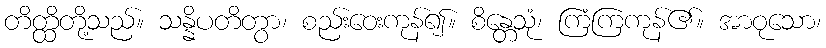
တိတ္ထိတို့သည်။ သန္နိပတိတွာ၊ စည်းဝေးကုန်၍။ စိန္တေသုံ၊ ကြံကြကုန်၏။ အာဝုသော၊